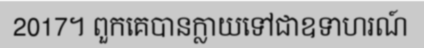
2017។ ពួកគេបានក្លាយទៅជាឧទាហរណ៍